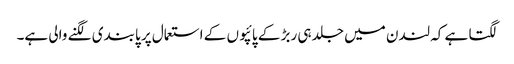
لگتا ہے کہ لندن میں جلد ہی ربڑ کے پائپوں کے استعمال پر پابندی لگنے والی ہے۔